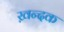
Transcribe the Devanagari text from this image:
ख़न्दक